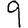
Digit: 9